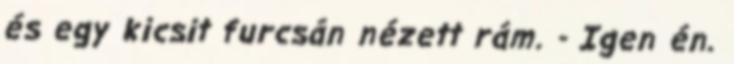
és egy kicsit furcsán nézett rám. - Igen én.